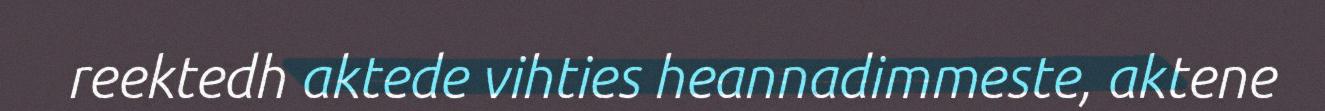
reektedh aktede vihties heannadimmeste, aktene